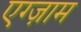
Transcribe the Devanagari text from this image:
एग्ज़ाम